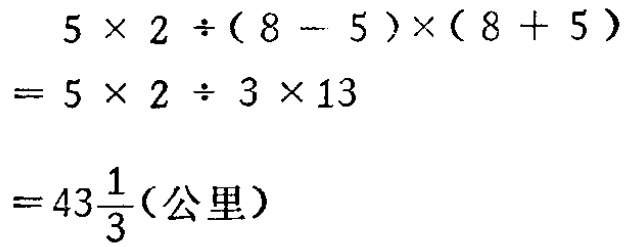
\[

\begin{align*}

&5\times2\div(8 - 5)\times(8 + 5)\\

=&5\times2\div3\times13\\

=&43\frac{1}{3}(\text{公里})

\end{align*}

\]